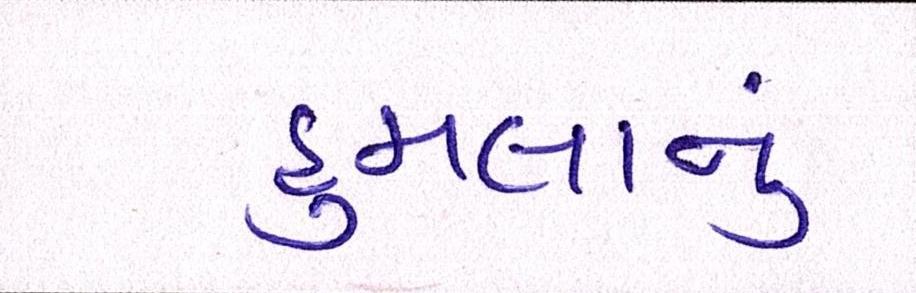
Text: હુમલાનું